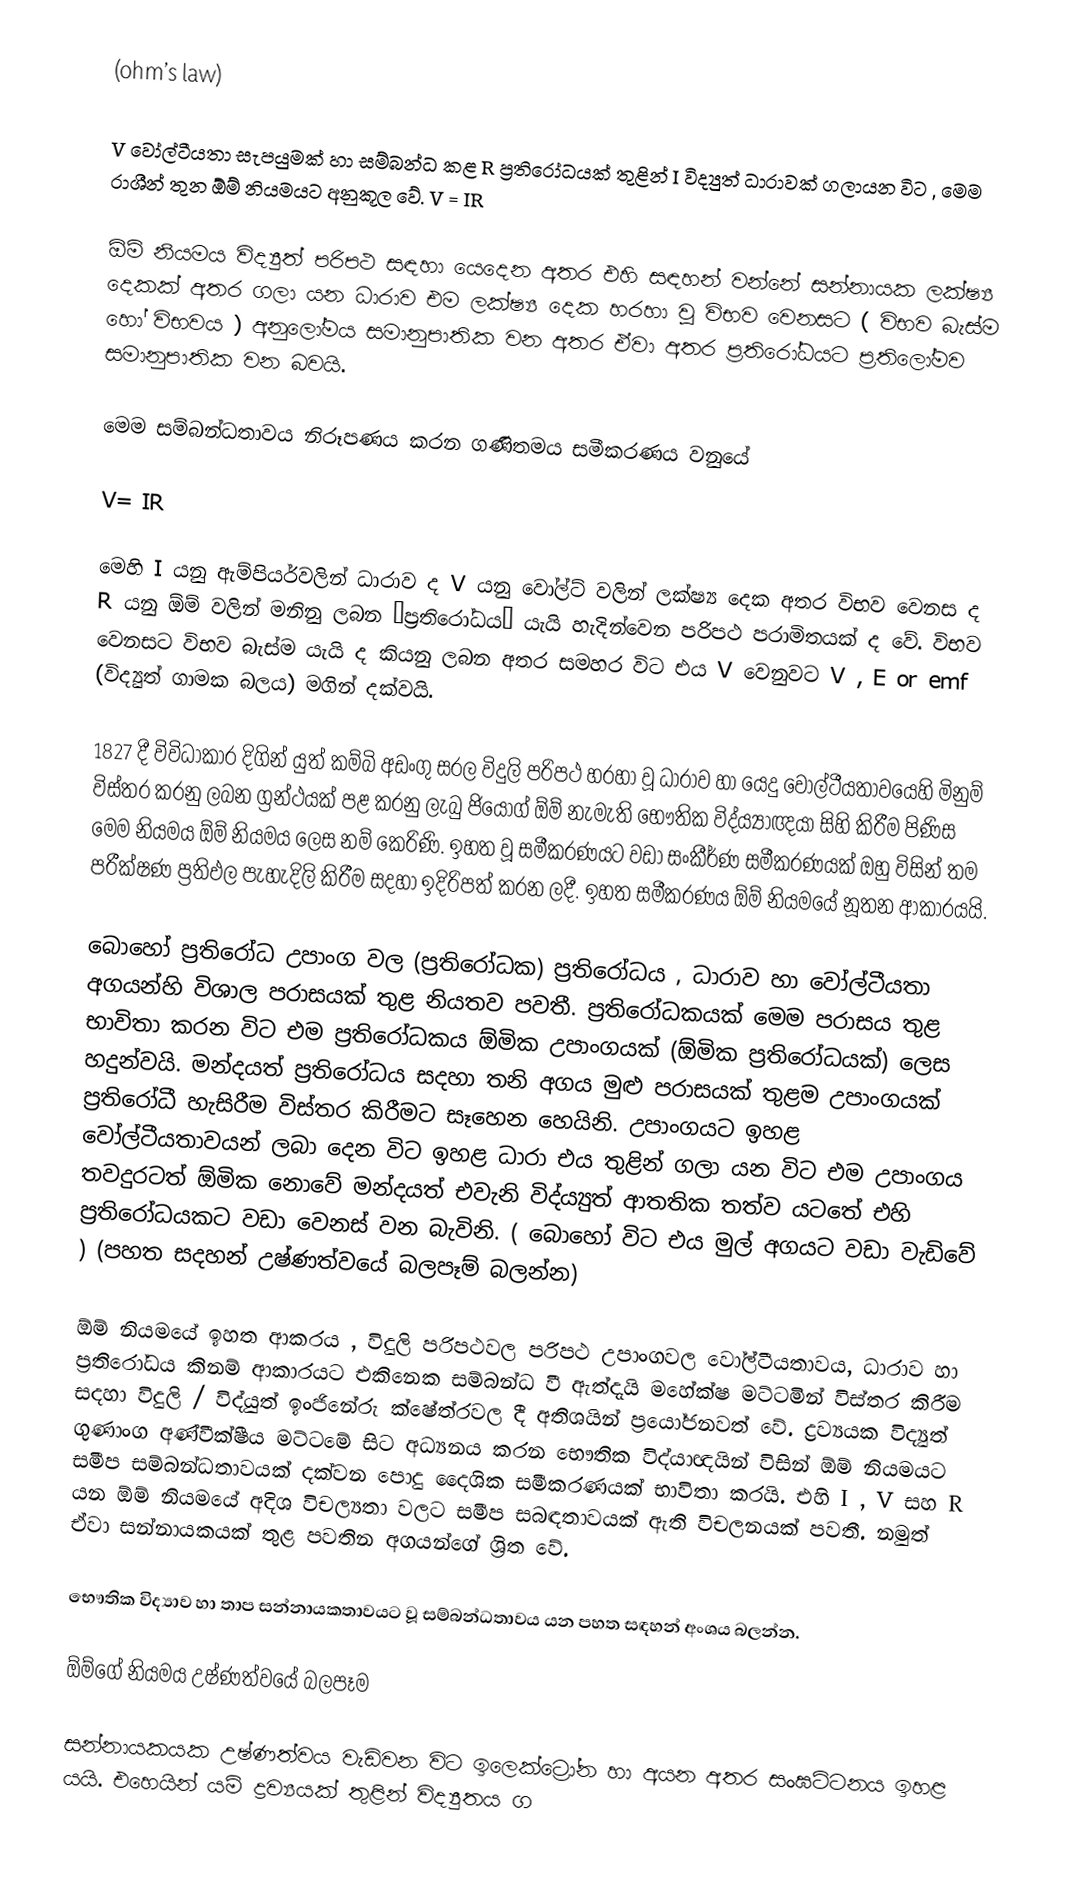
(ohm’s law)

V  වෝල්ටීයතා සැපයුමක් හා සම්බන්ධ කළ R  ප්‍රතිරෝධයක් තුළින් I  විද්‍යුත් ධාරාවක් ගලායන විට , මෙම රාශීන් තුන ඕම් නියමයට අනුකූල වේ. V = IR

ඕම් නියමය විද්‍යුත් පරිපථ සඳහා යෙදෙන අතර එහි සඳහන් වන්නේ සන්නායක ලක්ෂ්‍ය දෙකක් අතර ගලා යන ධාරාව එම ලක්ෂ්‍ය දෙක හරහා වූ විභව වෙනසට ( විභව බැස්ම හෝ විභවය ) අනුලෝමය සමානුපාතික වන අතර ඒවා අතර ප්‍රතිරෝධයට ප්‍රතිලෝමව සමානුපාතික වන බවයි.

මෙම සම්බන්ධතාවය නිරූපණය  කරන ගණිතමය සමීකරණය වනුයේ

V= IR

මෙහි I  යනු ඇම්පියර්වලින් ධාරාව ද V  යනු වෝල්ට් වලින් ලක්ෂ්‍ය දෙක අතර විභව වෙනස ද R  යනු ඕම් වලින් මනිනු ලබන ‘ප්‍රතිරෝධය’ යැයි හැදින්වෙන පරිපථ පරාමිතයක් ද වේ. විභව වෙනසට විභව බැස්ම යැයි ද කියනු ලබන අතර සමහර විට එය V  වෙනුවට V , E  or emf (විද්‍යුත් ගාමක බලය) මගින් දක්වයි.

1827  දී විවිධාකාර දිගින් යුත්  කම්බි අඩංගු සරල විදුලි පරිපථ හරහා වූ ධාරාව හා යෙදු වෝල්ටීයතාවයෙහි මිනුම් විස්තර කරනු ලබන ග්‍රන්ථයක් පළ කරනු ලැබු ජියොග් ඕම් නැමැති භෞතික විද්ය්‍යාඥයා සිහි කිරීම පිණිස මෙම නියමය ඕම් නියමය ලෙස නම් කෙරිණි. ඉහත වූ සමීකරණයට වඩා සංකීර්ණ සමීකරණයක් ඔහු විසින් තම පරීක්ෂණ ප්‍රතිඵල පැහැදිලි කිරීම සදහා ඉදිරිපත් කරන ලදී. ඉහත  සමීකරණය ඕම් නියමයේ නූතන ආකාරයයි.

බොහෝ ප්‍රතිරෝධ උපාංග වල (ප්‍රතිරෝධක) ප්‍රතිරෝධය , ධාරාව හා වෝල්ටීයතා අගයන්හි විශාල පරාසයක් තුළ නියතව පවතී. ප්‍රතිරෝධකයක් මෙම පරාසය තුළ භාවිතා කරන විට එම ප්‍රතිරෝධකය ඕමික උපාංගයක් (ඕමික ප්‍රතිරෝධයක්) ලෙස හදුන්වයි. මන්දයත්  ප්‍රතිරෝධය සදහා තනි අගය මුළු පරාසයක් තුළම උපාංගයක් ප්‍රතිරෝධී හැසිරීම විස්තර කිරීමට සෑහෙන හෙයිනි. උපාංගයට ඉහළ වෝල්ටීයතාවයන් ලබා දෙන විට ඉහළ ධාරා එය තුළින් ගලා යන විට එම උපාංගය තවදුරටත් ඕමික නොවේ මන්දයත් එවැනි විද්ය්‍යුත් ආතතික තත්ව යටතේ එහි ප්‍රතිරෝධයකට වඩා වෙනස් වන බැවිනි. ( බොහෝ විට එය මුල් අගයට වඩා වැඩිවේ ) (පහත සදහන් උෂ්ණත්වයේ බලපෑම් බලන්න)

ඕම් නියමයේ ඉහත ආකරය , විදුලි පරිපථවල පරිපථ උපාංගවල වෝල්ටීයතාවය, ධාරාව හා ප්‍රතිරෝධය කිනම් ආකාරයට එකිනෙක සම්බන්ධ වී ඇත්දැයි මහේක්ෂ මට්ටමින් විස්තර කිරීම සදහා විදුලි / විද්යුත් ඉංජිනේරු ක්ෂේත්රවල දී අතිශයින් ප්‍රයෝජනවත් වේ. ද්‍රව්‍යයක විද්‍යුත් ගුණාංග අණ්වීක්ෂීය මට්ටමේ සිට අධ්‍යනය කරන භෞතික විද්යාඥයින් විසින් ඕම් නියමයට සමීප සම්බන්ධතාවයක් දක්වන පොදු දෛශික සමීකරණයක් භාවිතා කරයි. එහි  I , V සහ R  යන ඕම් නියමයේ අදිශ විචල්‍යතා වලට සමීප සබඳතාවයක් ඇති විචලනයක් පවතී. නමුත් ඒවා සන්නායකයක් තුළ පවතින අගයන්ගේ ශ්‍රිත වේ.

භෞතික විද්‍යාව හා තාප සන්නායකතාවයට වූ සම්බන්ධතාවය යන පහත සඳහන් අංශය බලන්න.

ඕම්ගේ නියමය උෂ්ණත්වයේ බලපෑම

සන්නායකයක උෂ්ණත්වය වැඩිවන විට ඉලෙක්ට්‍රෝන හා අයන අතර සංඝට්ටනය ඉහළ යයි. එහෙයින් යම් ද්‍රව්‍යයක් තුළින් විද්‍යුතය ග